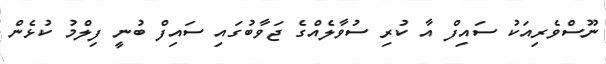
ނޫސްވެރިއަކު ސައިފް އާ ކުރި ސުވާލެއްގެ ޖަވާބުގައި ސައިފް ބުނީ ފިލްމު ކުޅެން